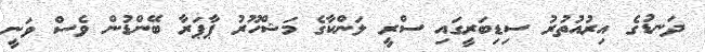
ދަނޑުގެ އިރުއުތުރު ސިޑިބަރީގައި ސްރީ ލަންކާގެ މަޝްހޫރު ޕާޕަރާ ބޭންޑުން ވެސް ވަނީ